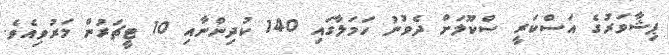
ޕިޝާވަރުގެ އަސްކަރީ ސްކޫލަށް ދެވުނު ހަމަލާގައި 140 ކުދިންނާއި 10 ޓީޗަރުން މަރުވިއެވެ.